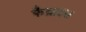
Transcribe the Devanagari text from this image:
फैब्राइस